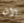
الان